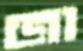
জা